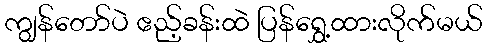
ကျွန်တော်ပဲ ဧည့်ခန်းထဲ ပြန်ရွှေ့ထားလိုက်မယ်